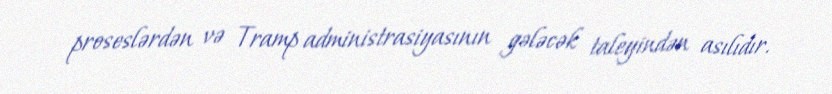
proseslərdən və Tramp administrasiyasının gələcək taleyindən asılıdır.